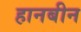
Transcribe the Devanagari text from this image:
हानबीन